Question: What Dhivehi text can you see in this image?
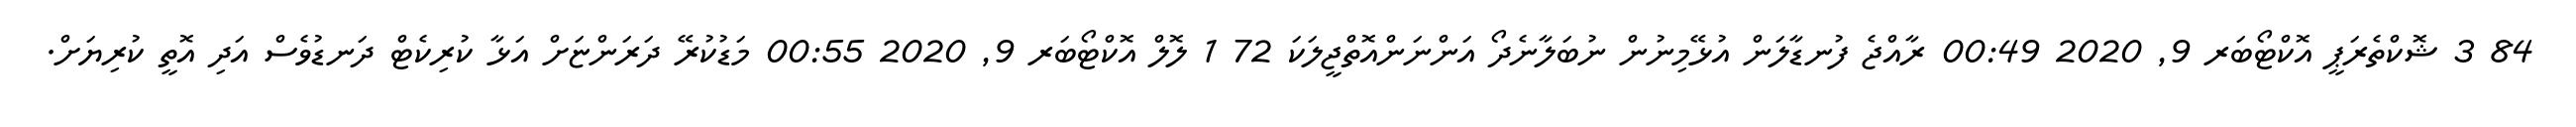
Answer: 84 3 ޝޮކްތެރަޕީ އޮކްޓޯބަރ 9, 2020 00:49 ރާއްޖެ ފުނޑާލަން އުޅޭމިނުން ނުބަލާނެދޯ އަންނަންއޮތްޖީލަކަ 72 1 ލޮލް އޮކްޓޯބަރ 9, 2020 00:55 މަޑުކުރޭ ދަރަންޏަށް އަޅާ ކުރިކެޓް ދަނޑުވެސް އަދި އޮތީ ކުރިޔަށް.